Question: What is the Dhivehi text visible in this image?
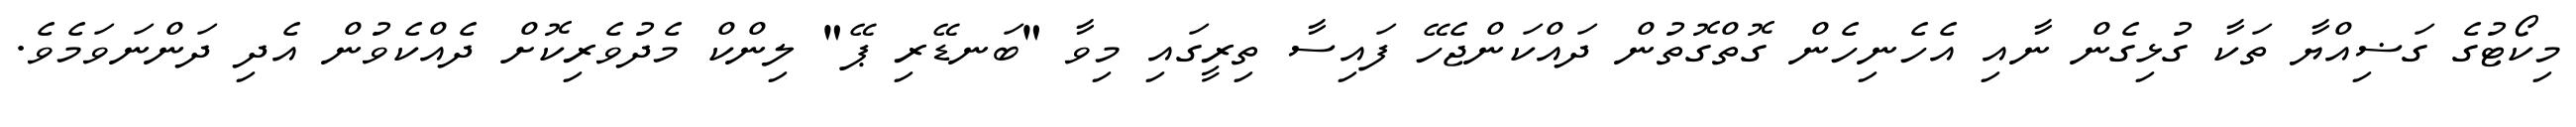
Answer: މިކޯޓުގެ ގަޟިއްޔާ ތަކާ ގުޅިގެން ނާއި އެހެނިހެން ގޮތްގޮތުން ދައްކަންޖެހޭ ފައިސާ ތިރީގައި މިވާ "ބަނޑޭރި ޕޭ" ލިންކް މެދުވެރިކޮށް ދެއްކެވުން އެދި ދަންނަވަމެވެ.